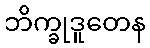
ဘိက္ခုဒူတေန